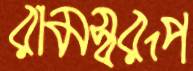
রামস্বরূপ